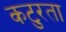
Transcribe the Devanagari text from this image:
कटुरता